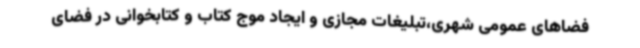
فضاهای عمومی شهری،تبلیغات مجازی و ایجاد موج کتاب و کتابخوانی در فضای